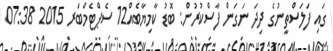
ގައި ފަލަސްތީނުގެ ދިދަ ނަގަން ފާސްކުރުން: ބޮޑު ކާމިޔާބެއް12 ސެޕްޓެމްބަރ 2015 07:38